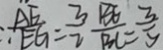
\therefore \frac { A E } { E G } = \frac { 3 } { 2 } \frac { B E } { B C } = \frac { 3 } { 5 }